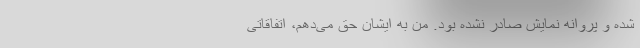
شده و پروانه نمایش صادر نشده بود. من به ایشان حق می‌دهم، اتفاقاتی